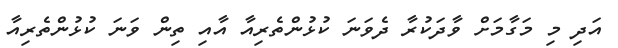
އަދި މި މަގާމަށް ވާދަކުރާ ދެވަނަ ކުޅުންތެރިއާ އާއި ތިން ވަނަ ކުޅުންތެރިއާ